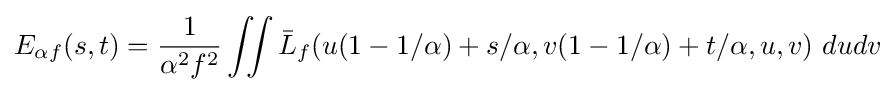
E_{\alpha f}(s,t)={1 \over \alpha ^{2}f^{2}}\iint {\bar {L}}_{f}(u(1-1/\alpha )+s/\alpha ,v(1-1/\alpha )+t/\alpha ,u,v)~dudv